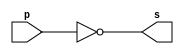
// -------------------------
// Exemplo0002 - NOT
// Nome: Flavio Andrade Amaral Motta
// -------------------------

// -------------------------
// -- not gate
// -------------------------
module notgate (output s, input p);
assign s = ~p;
endmodule // notgate
// -------------------------
// -- test not gate
// -------------------------
module testnotgate;
// ------------------------- dados locais
reg a; // definir registrador
// (variavel independente)
wire s; // definir conexao (fio)
// (variavel dependente )
// ------------------------- instancia
notgate NOT1(s, a);
// ------------------------- preparacao
initial begin:start
	a=0; // valor inicial
end
// ------------------------- parte principal
initial begin
	$display("Exemplo 0002 - Flavio Andrade Amaral Motta - 392001");
	$display("Test NOT gate");
	$display("\n~a = s\n");
	a=0;
#1 $display("~%b = %b", a,s);
	a=1;
#1 $display("~%b = %b", a,s);
end

endmodule // testbuffer